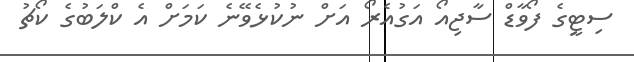
ސިޓީގެ ފޯވާޑް ސާޖިއޯ އަގުއެރޯ އަށް ނުކުޅެވޭނެ ކަމަށް އެ ކްލަބުގެ ކޯޗު